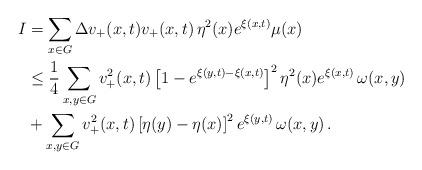
LaTeX: \begin{align*}\begin{aligned}I&=\sum_{x\in G}\Delta v_+(x,t)v_+(x,t)\,\eta^2(x)e^{\xi(x,t)}\mu(x)\\&\le \frac1{4}\sum_{x,y\in G}v_+^2(x,t)\left[1-e^{\xi(y,t)-\xi(x,t)}\right]^2\eta^2(x)e^{\xi(x,t)}\,\omega(x,y) \\&+ \sum_{x,y\in G}v_+^2(x,t)\left[\eta(y)-\eta(x)\right]^2e^{\xi(y,t)}\,\omega(x,y)\,.\end{aligned}\end{align*}